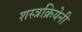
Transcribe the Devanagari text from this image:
शस्त्रक्रियेनी